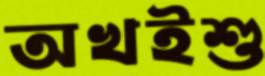
অখইশু